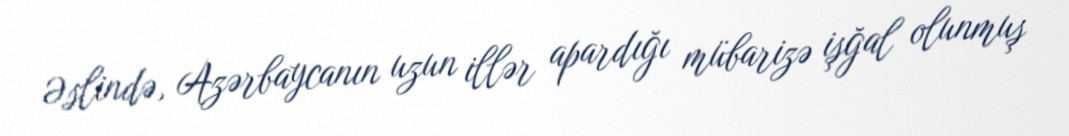
Əslində, Azərbaycanın uzun illər apardığı mübarizə işğal olunmuş